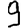
Digit: 9